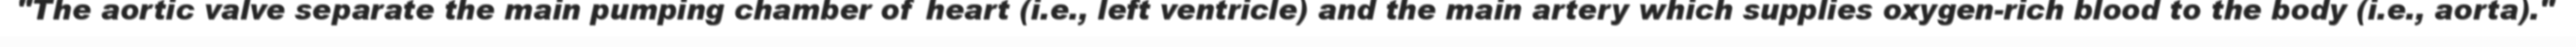
"The aortic valve separate the main pumping chamber of heart (i.e., left ventricle) and the main artery which supplies oxygen-rich blood to the body (i.e., aorta)."